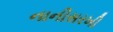
નાનીસરખી